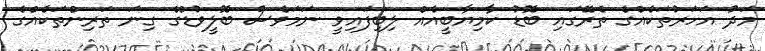
މަދު އަހަރުތަކެއްގެ ތެރޭގައި ބޮޑު ކާމިޔާބީއެއް ލިބިފައިވީ ނަމަވެސް ބޮލީވުޑްގެ ގިނަ ތަރިންތަކެއްގެ